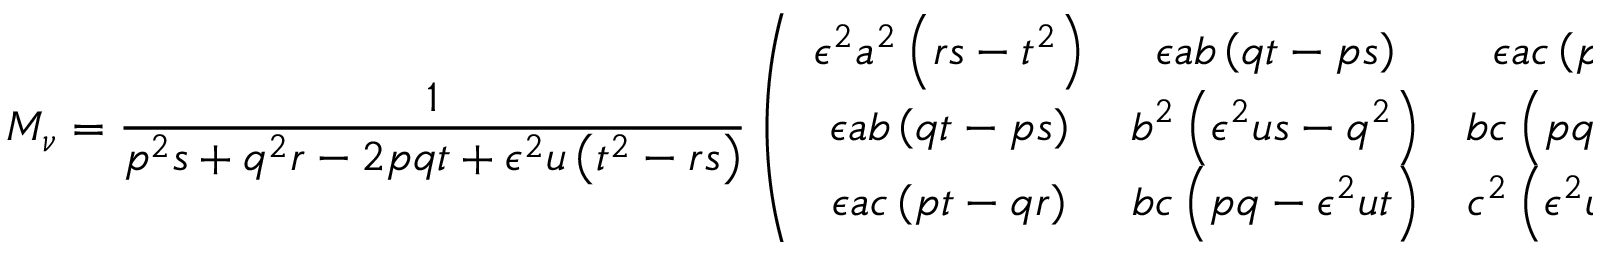
{ \cal M } _ { \nu } = \frac { 1 } { p ^ { 2 } s + q ^ { 2 } r - 2 p q t + \epsilon ^ { 2 } u \left( t ^ { 2 } - r s \right) } \left( \begin{array} { c c c } { { \epsilon ^ { 2 } a ^ { 2 } \left( r s - t ^ { 2 } \right) } } & { { \epsilon a b \left( q t - p s \right) } } & { { \epsilon a c \left( p t - q r \right) } } \\ { { \epsilon a b \left( q t - p s \right) } } & { { b ^ { 2 } \left( \epsilon ^ { 2 } u s - q ^ { 2 } \right) } } & { { b c \left( p q - \epsilon ^ { 2 } u t \right) } } \\ { { \epsilon a c \left( p t - q r \right) } } & { { b c \left( p q - \epsilon ^ { 2 } u t \right) } } & { { c ^ { 2 } \left( \epsilon ^ { 2 } u r - p ^ { 2 } \right) } } \end{array} \right) .